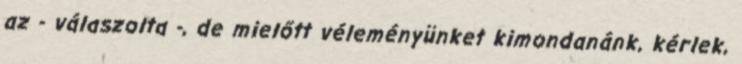
az - válaszolta -, de mielőtt véleményünket kimondanánk, kérlek,